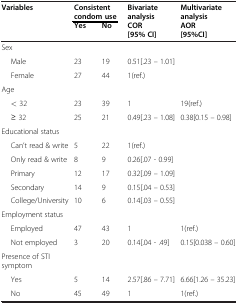
<table><thead><tr><td><b>Variables</b></td><td colspan="2"><b>Consistent condom use</b></td><td><b>Bivariate analysis</b></td><td><b>Multivariate analysis</b></td></tr><tr><td><b> </b></td><td><b>Yes</b></td><td><b>No</b></td><td><b>COR [95% CI]</b></td><td><b>AOR [95%CI]</b></td></tr></thead><tbody><tr><td colspan="5">Sex</td></tr><tr><td>Male</td><td>23</td><td>19</td><td>0.51[.23 – 1.01]</td><td> </td></tr><tr><td>Female</td><td>27</td><td>44</td><td>1(ref.)</td><td> </td></tr><tr><td colspan="5">Age</td></tr><tr><td>&lt; 32</td><td>23</td><td>39</td><td>1</td><td>19(ref.)</td></tr><tr><td>≥ 32</td><td>25</td><td>21</td><td>0.49[.23 – 1.08]</td><td>0.38[0.15 – 0.98]</td></tr><tr><td colspan="5">Educational status</td></tr><tr><td>Can’t read &amp; write</td><td>5</td><td>22</td><td>1(ref.)</td><td> </td></tr><tr><td>Only read &amp; write</td><td>8</td><td>9</td><td>0.26[.07 - 0.99]</td><td> </td></tr><tr><td>Primary</td><td>12</td><td>17</td><td>0.32[.09 – 1.09]</td><td> </td></tr><tr><td>Secondary</td><td>14</td><td>9</td><td>0.15[.04 – 0.53]</td><td> </td></tr><tr><td>College/University</td><td>10</td><td>6</td><td>0.14[.03 – 0.55]</td><td> </td></tr><tr><td colspan="5">Employment status</td></tr><tr><td>Employed</td><td>47</td><td>43</td><td>1</td><td>1(ref.)</td></tr><tr><td>Not employed</td><td>3</td><td>20</td><td>0.14[.04 - .49]</td><td>0.15[0.038 – 0.60]</td></tr><tr><td colspan="5">Presence of STI symptom</td></tr><tr><td>Yes</td><td>5</td><td>14</td><td>2.57[.86 – 7.71]</td><td>6.66[1.26 – 35.23]</td></tr><tr><td>No</td><td>45</td><td>49</td><td>1</td><td>1(ref.)</td></tr></tbody></table>